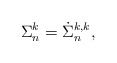
\begin{align*} {\Sigma}_n^{k} = \dot{\Sigma}_n^{k,k},\end{align*}